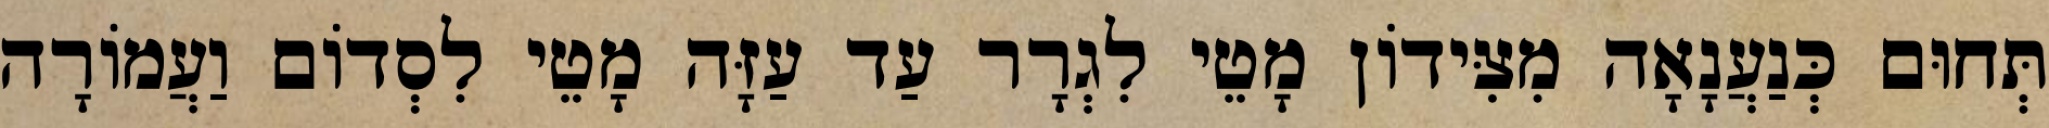
תְּחוּם כְּנַעֲנָאָה מִצִּידוֹן מָטֵי לִגְרָר עַד עַזָּה מָטֵי לִסְדוֹם וַעֲמוֹרָה